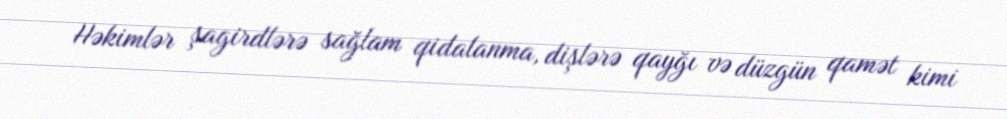
Həkimlər şagirdlərə sağlam qidalanma, dişlərə qayğı və düzgün qamət kimi